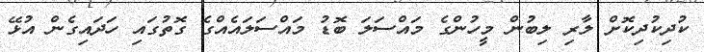
ކުދިކުދިކޮށް ލާރި ލިބުން މީހުންގެ މައްސަލަ ބޮޑު މައްސަލައެއްގެ ގޮތުގައި ހަދައިގެން އުޅޭ